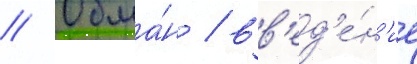
// Обма́н / вв'ед'е́н'ие